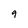
Character: 9